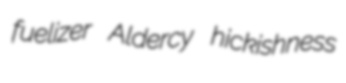
fuelizer Aldercy hickishness